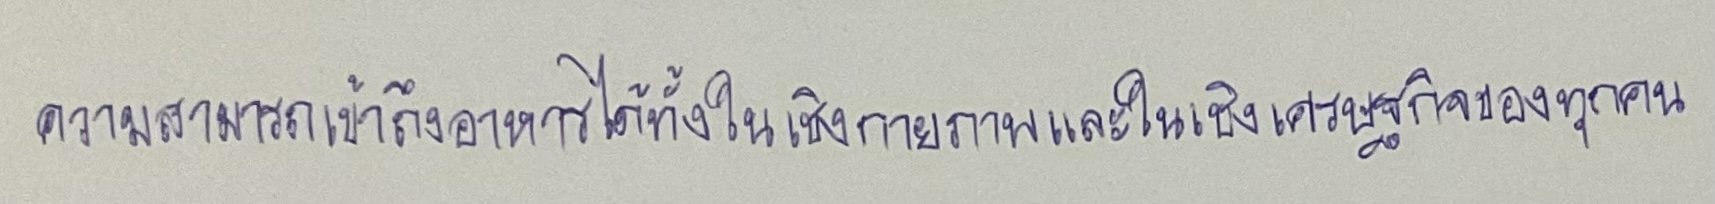
ความสามารถเข้าถึงอาหารได้ทั้งในเชิงกายภาพและในเชิงเศรษฐกิจของทุกคน